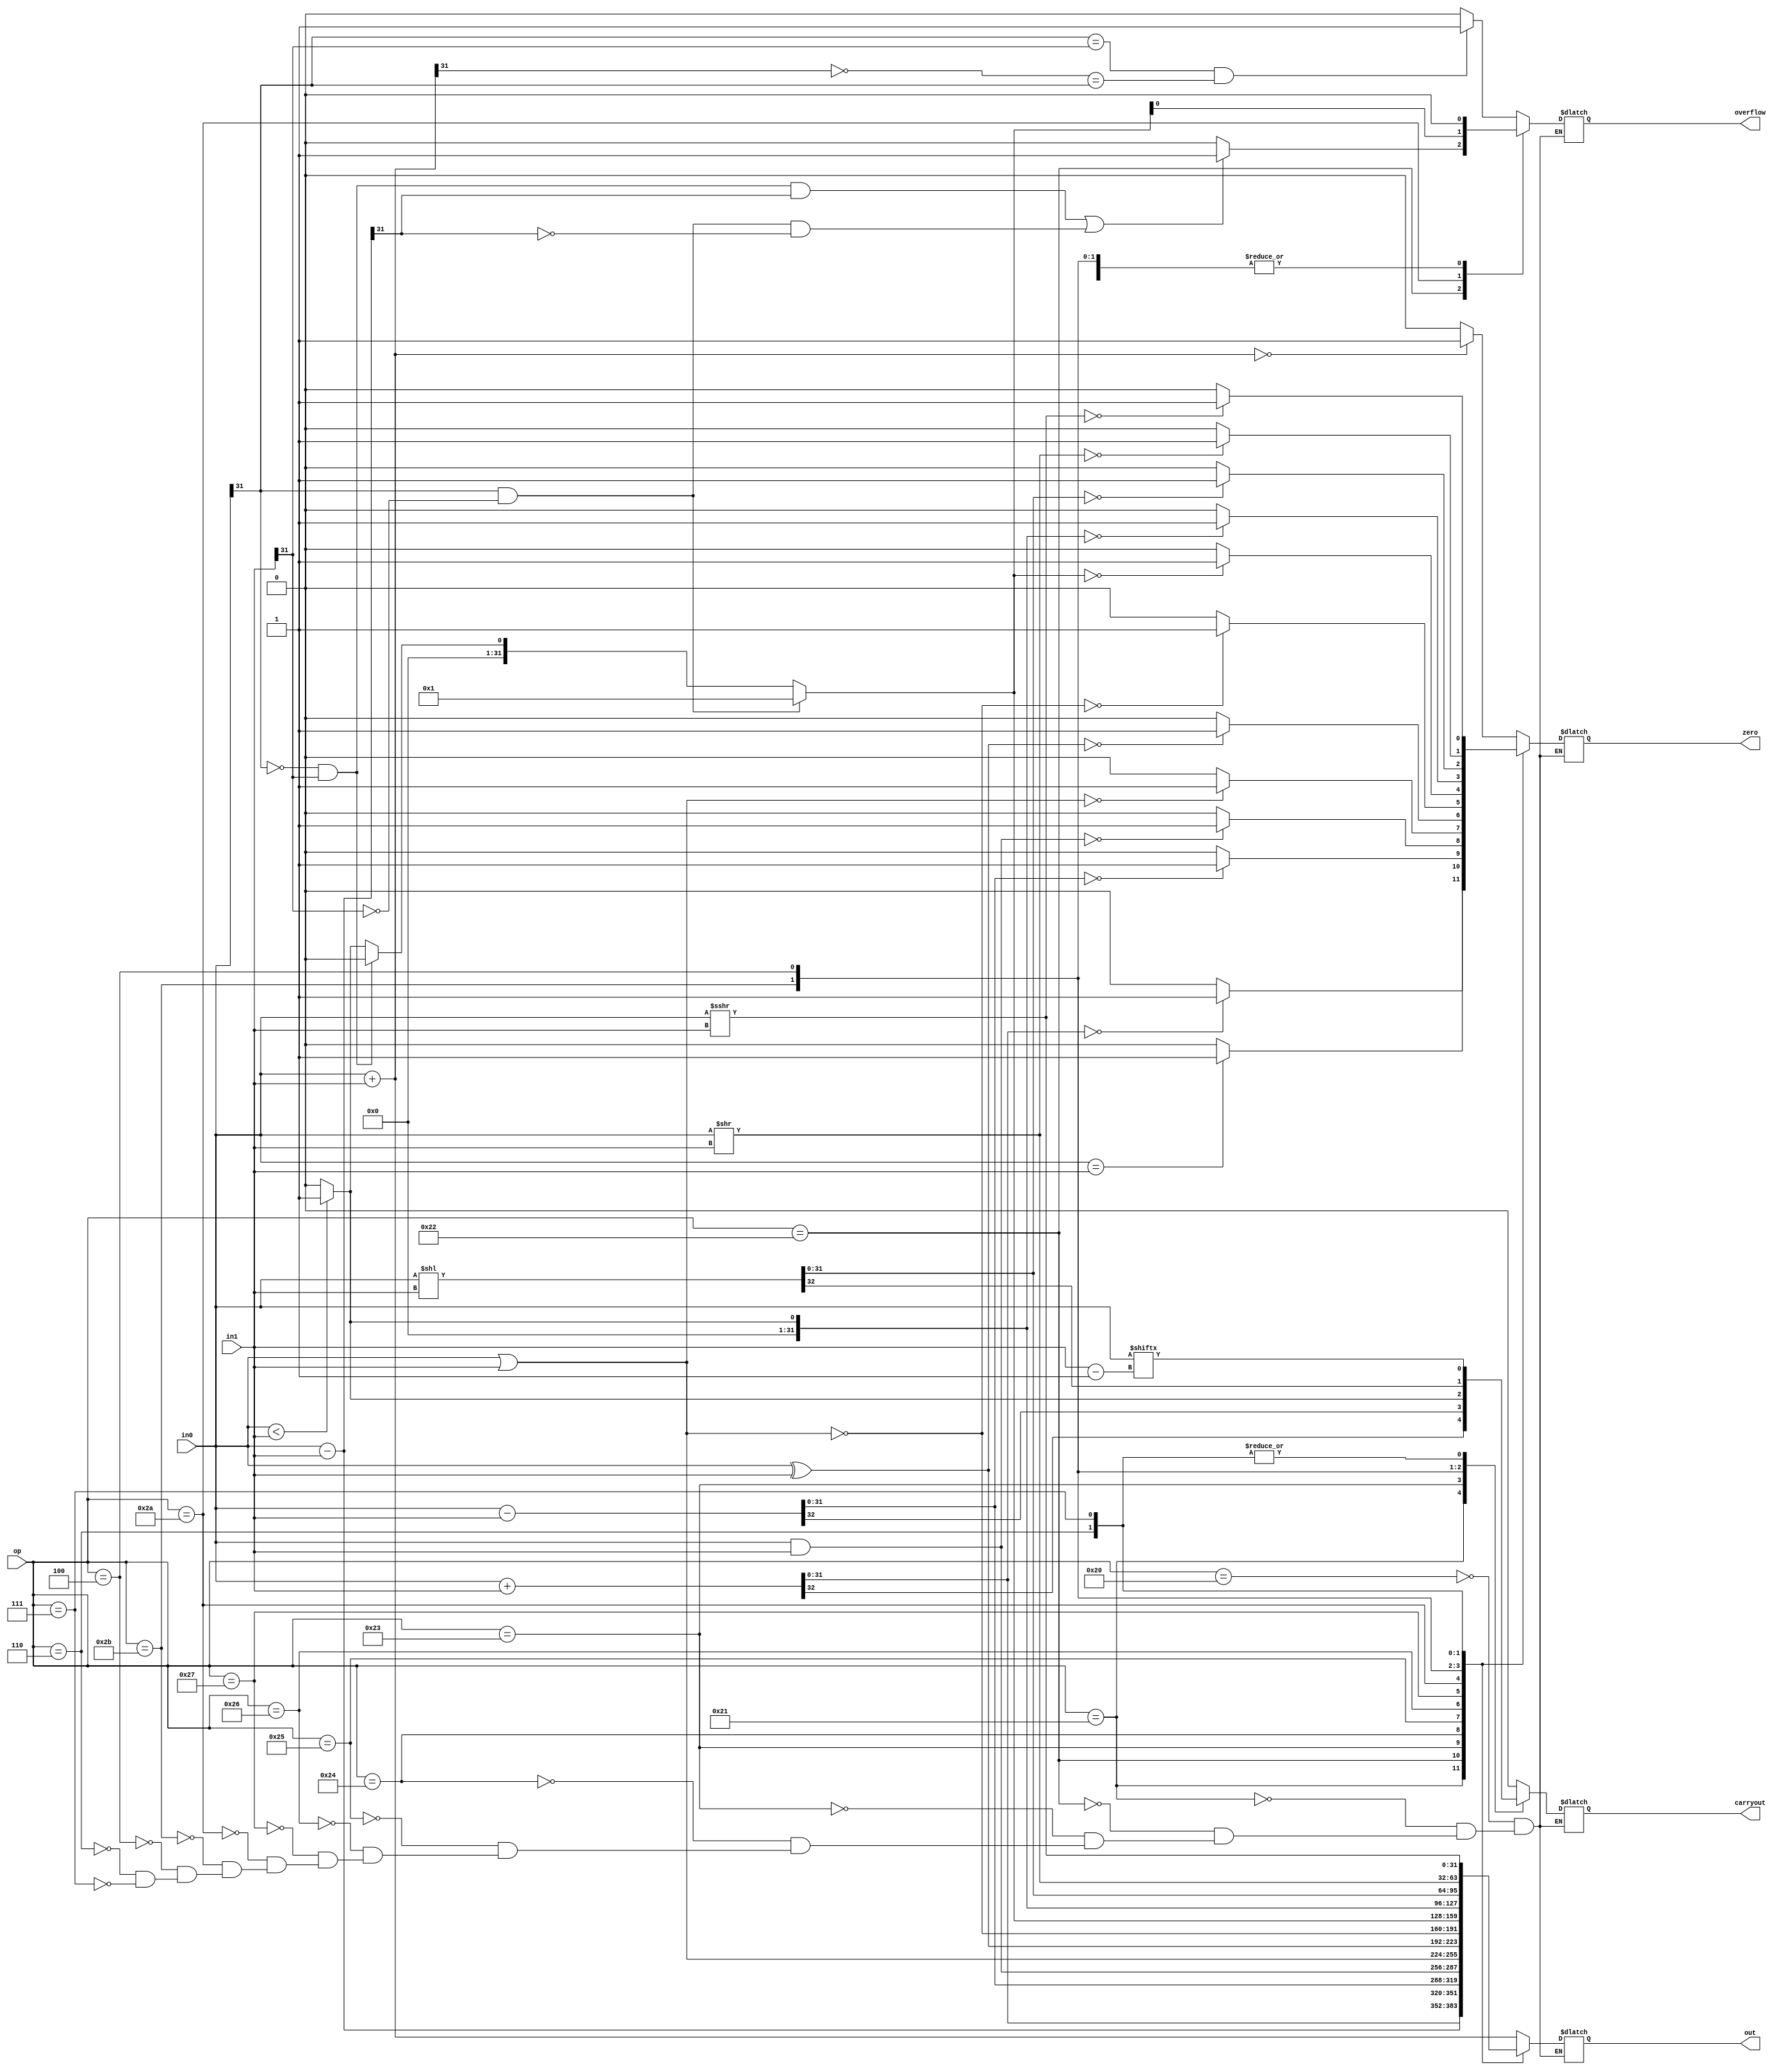
`timescale 1ns / 1ps
//////////////////////////////////////////////////////////////////////////////////
// Company: 
// Engineer: 
// 
// Design Name: 
// Module Name: ALU32
// Project Name: 
// Target Devices: 
// Tool Versions: 
// Description: 
// 
// Dependencies: 
// 
// Revision:
// Revision 0.01 - File Created
// Additional Comments:
// 
///////////////////////////////////////////////////////////////////////////////


module ALU32(
op,in0,in1,
carryout,overflow,zero,out
    );
    input [31:0] in0,in1;
    input [10:0] op;
    output reg[31:0] out;
    output reg carryout,overflow,zero;
   
always@(*)
begin
    case(op)
        //add
        11'b00000100000:
            begin
            out=in0+in1;
            overflow=((in0[31]==in1[31])&&(~out[31]==in0[31]))?1:0;
            zero=(out==0)?1:0;
            carryout=0;
            end
        //addu
        11'b00000100001:
            begin
            {carryout,out}=in0+in1;
            zero=(out==0)?1:0;
            overflow=0;
            end
        //sub
        11'b00000100010:
            begin
            out=in0-in1;
            overflow=((in0[31]==0&&in1[31]==1&&out[31]==1)||(in0[31]==1&&in1[31]==0&&out[31]==0))?1:0;
            zero=(in0==in1)?1:0;
            carryout=0;
            end
        //subu
        11'b00000100011:
            begin
            {carryout,out}=in0-in1;
            zero=(out==0)?1:0;
            overflow=0;
            end
        //and
        11'b00000100100:
            begin
            out=in0&in1;
            zero=(out==0)?1:0;
            carryout=0;
            overflow=0;
            end
        //or
        11'b00000100101:
            begin
            out=in0|in1;
            zero=(out==0)?1:0;
            carryout=0;
            overflow=0;
            end
        //xor
        11'b00000100110:
            begin
            out=in0^in1;
            zero=(out==0)?1:0;
            carryout=0;
            overflow=0;
            end
        //nor
        11'b00000100111:
            begin
            out=~(in0|in1);
            zero=(out==0)?1:0;
            carryout=0;
            overflow=0;
            end
        //slt
        11'b00000101010:
            begin                        
            if(in0[31]==1&&in1[31]==0)
                out=1;
            else if(in0[31]==0&&in1[31]==1)
                out=0;
            else 
                out=(in0<in1)?1:0;
           overflow=out; 
           zero=(out==0)?1:0;
           carryout=0;              
           end
        //sltu
        11'b00000101011:
            begin
                out=(in0<in1)?1:0;
                carryout=out;
                zero=(out==0)?1:0;
                overflow=0;
            end
        //shl
        11'b00000000100:
            begin
            {carryout,out}=in0<<in1;
            overflow=0;
            zero=(out==0)?1:0;
            end
        //shr
        11'b00000000110:
            begin
            out=in0>>in1;
            carryout=in0[in1-1];
            overflow=0;
            zero=(out==0)?1:0;
            end
        //sar
        11'b00000000111:
            begin
            out=($signed(in0))>>>in1;
            carryout=in0[in1-1];
            overflow=0;
            zero=(out==0)?1:0;
            end
        
    endcase
end
endmodule